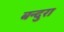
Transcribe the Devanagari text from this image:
बन्दुरा